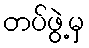
တပ်ဖွဲ့မှ